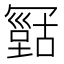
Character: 𠖠